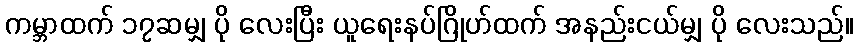
ကမ္ဘာထက် ၁၇ဆမျှ ပို လေးပြီး ယူရေးနပ်ဂြိုဟ်ထက် အနည်းငယ်မျှ ပို လေးသည်။